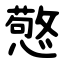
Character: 憼